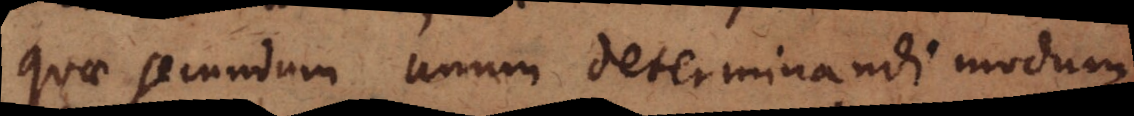
quae secundum unum determinandi modum